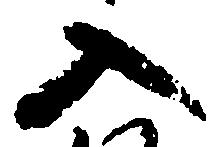
入